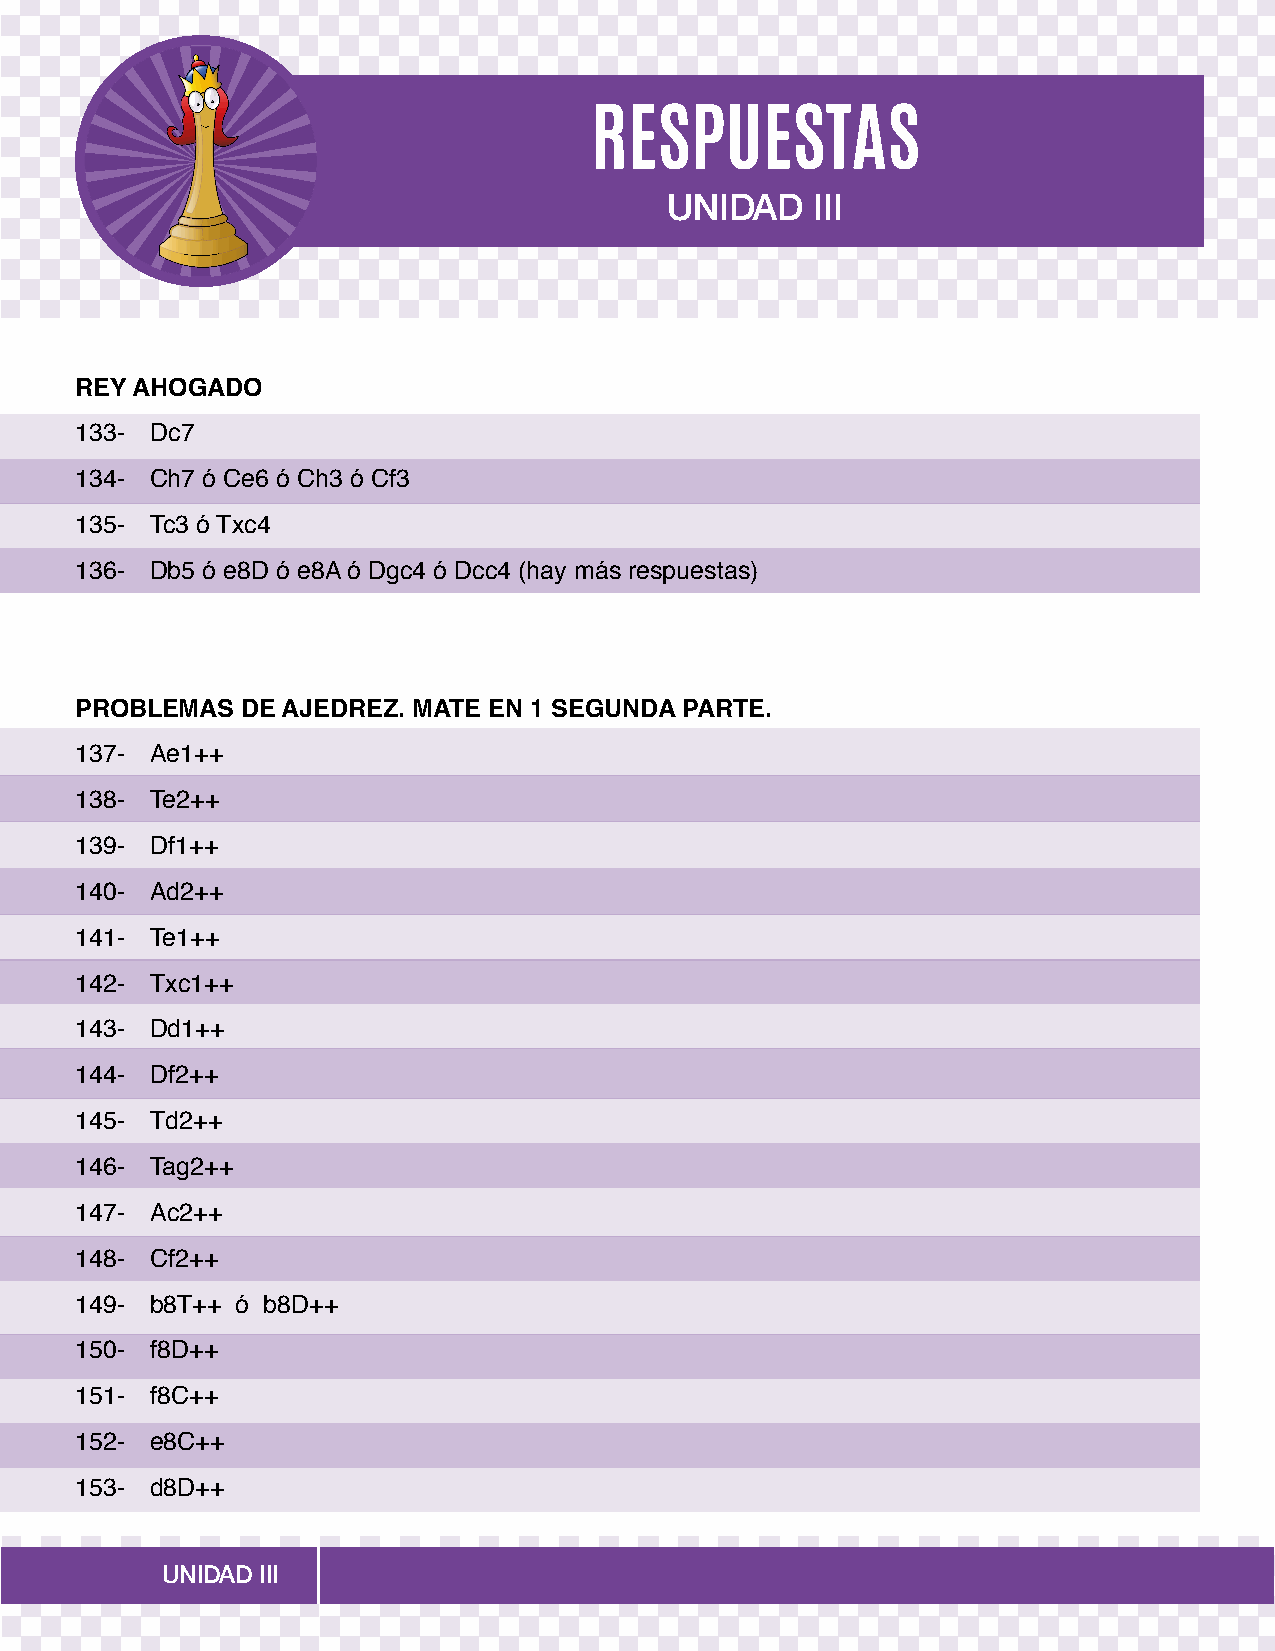
RESPUESTAS
 UNIDAD    III
 REY AHOGADO
 133- Dc7
 134- Ch7 ó Ce6 ó Ch3 ó Cf3
 135- Tc3 ó Txc4
 136- Db5 ó e8D ó e8A ó Dgc4 ó Dcc4 (hay más respuestas)
 PROBLEMAS  DE AJEDREZ. MATE EN 1 SEGUNDA PARTE.
 137- Ae1++
 138- Te2++
 139- Df1++
 140- Ad2++
 141- Te1++
 142- Txc1++
 143- Dd1++
 144- Df2++
 145- Td2++
 146- Tag2++
 147- Ac2++
 148- Cf2++
 149- b8T++ ó b8D++
 150- f8D++
 151- f8C++
 152- e8C++
 153- d8D++
 UNIDAD III